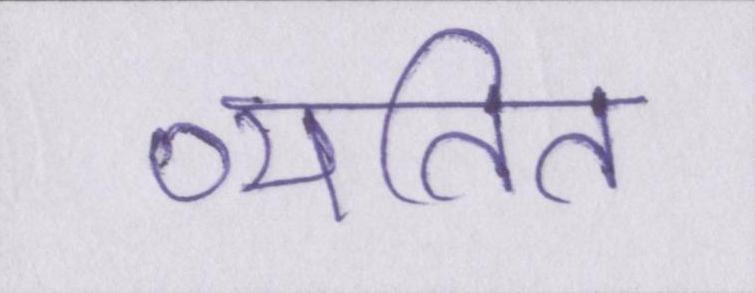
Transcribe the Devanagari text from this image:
व्यतित